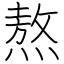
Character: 熬